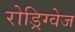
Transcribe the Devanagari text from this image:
रोड्रिग्वेज